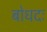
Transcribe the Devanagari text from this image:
बोधदः